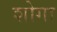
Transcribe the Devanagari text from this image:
शोगा